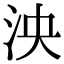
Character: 泱